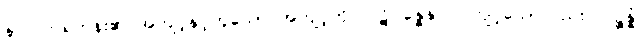
နာလကရဟန်း၏ အကျင့်နှင့်တူသော အကျင့်ကို။ ပဋိပန္နေနာပိ၊ ကျင့်သော်လည်း။ ပဉ္စန္နံ